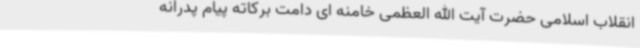
انقلاب اسلامی حضرت آیت الله العظمی خامنه ای دامت برکاته پیام پدرانه